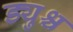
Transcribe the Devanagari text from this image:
ड्युश्च